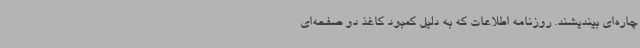
چاره‌ای بیندیشند. روزنامه اطلاعات که به ‌دلیل کمبود کاغذ دو صفحه‌ای